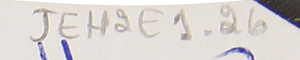
JEH2E1-26